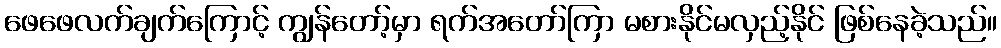
ဖေဖေလက်ချက်ကြောင့် ကျွန်တော့်မှာ ရက်အတော်ကြာ မစားနိုင်မလှည့်နိုင် ဖြစ်နေခဲ့သည်။